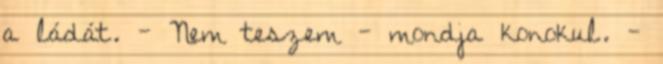
a ládát. - Nem teszem - mondja konokul. -